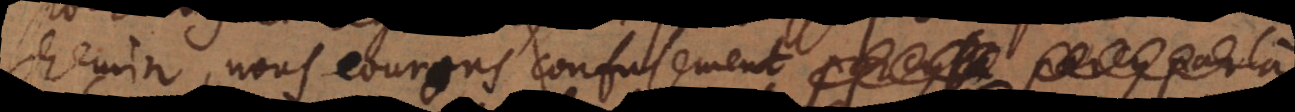
chemin, nous courons confusement